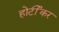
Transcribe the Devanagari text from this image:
होर्टीकर